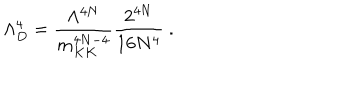
\Lambda _ { D } ^ { 4 } = \frac { \Lambda ^ { 4 N } } { m _ { K K } ^ { 4 N - 4 } } \frac { 2 ^ { 4 N } } { 1 6 N ^ { 4 } } \ .